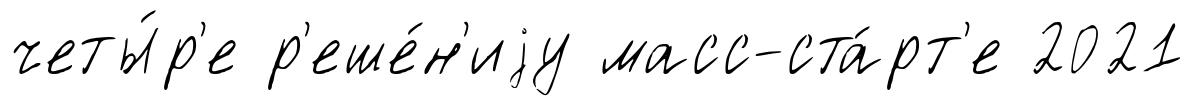
четы́р'е р'еше́н'иjу масс-ста́рт'е 2021